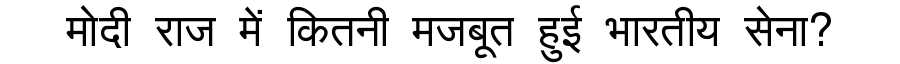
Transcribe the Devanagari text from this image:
मोदी राज में कितनी मजबूत हुई भारतीय सेना?